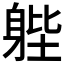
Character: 𨉉